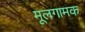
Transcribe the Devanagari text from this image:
मूलगामक